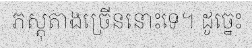
ភស្តុតាងច្រើននោះទេ។ ដូច្នេះ